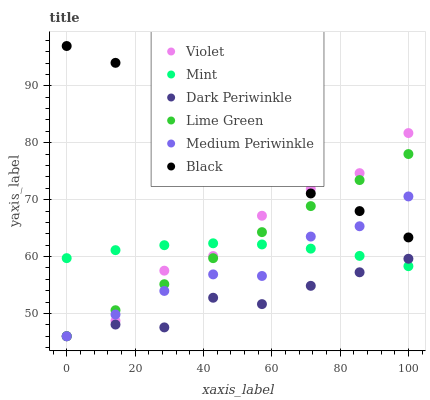
| xaxis_label | Violet | Mint | Dark Periwinkle | Lime Green | Medium Periwinkle | Black |
 | --- | --- | --- | --- | --- | --- | --- |
 | 0 | 46 | 59.7 | 46 | 46 | 46 | 97 |
 | 14.3 | 48.7 | 61.1 | 48.1 | 50.6 | 49.8 | 94 |
 | 28.6 | 57.5 | 62 | 47.6 | 55.1 | 54 | 85 |
 | 42.9 | 60.1 | 62.3 | 52.8 | 59.7 | 56.9 | 79.7 |
 | 57.1 | 67.2 | 62.1 | 51.6 | 64.3 | 56.6 | 78.1 |
 | 71.4 | 71.9 | 61.4 | 54.9 | 68.9 | 63.5 | 71.1 |
 | 85.7 | 74.7 | 60.1 | 57.2 | 73.4 | 65.3 | 68 |
 | 100 | 81.7 | 58.3 | 59.6 | 78 | 70.6 | 63.4 |